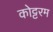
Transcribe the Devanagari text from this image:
कोट्टरम